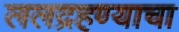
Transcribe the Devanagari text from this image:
ललद्रहण्याचा